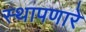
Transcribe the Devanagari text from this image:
स्थापणारे